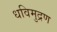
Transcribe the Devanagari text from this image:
धविमुद्रण